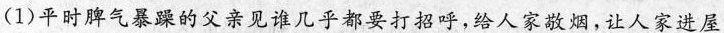
(1)平时脾气暴躁的父亲见谁几乎都要打招呼,给人家敬烟,让人家进屋